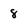
Character: 8